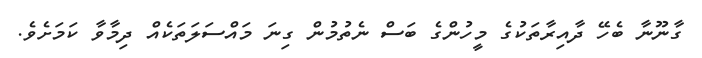
ގާނޫނާ ބެހޭ ދާއިރާތަކުގެ މީހުންގެ ބަސް ނެތުމުން ގިނަ މައްސަލަތަކެއް ދިމާވާ ކަމަށެވެ.